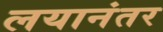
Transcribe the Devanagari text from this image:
लयानंतर